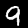
Label: 9